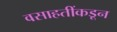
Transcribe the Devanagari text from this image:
वसाहतींकडून